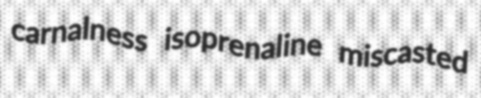
carnalness isoprenaline miscasted